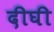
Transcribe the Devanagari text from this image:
दीघी